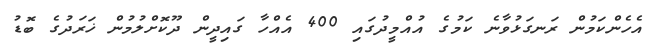
އެހެންކަމުން ރަނގަޅުވާނެ ކަމުގެ އުއްމީދުގައި 400 އެއްހާ ގައިދީން ދޫކޮށްލުމުން ޚަރަދުގެ ބޮޑު